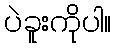
ပဲခူးကိုပါ။